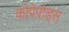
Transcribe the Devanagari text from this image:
कोपेपोड्स